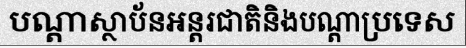
បណ្តាស្ថាប័នអន្តរជាតិនិងបណ្តាប្រទេស